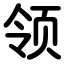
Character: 领